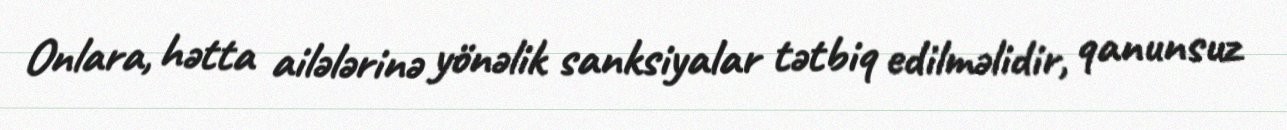
Onlara, hətta ailələrinə yönəlik sanksiyalar tətbiq edilməlidir, qanunsuz